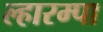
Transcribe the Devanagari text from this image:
ल्हारम्पा